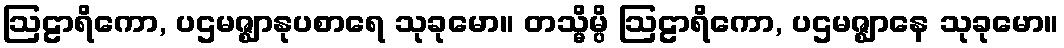
ဩဠာရိကော, ပဌမဇ္ဈာနုပစာရေ သုခုမော။ တသ္မိမ္ပိ ဩဠာရိကော, ပဌမဇ္ဈာနေ သုခုမော။